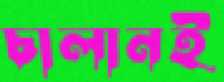
চালানই